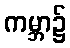
ကမ္ဘာ၌